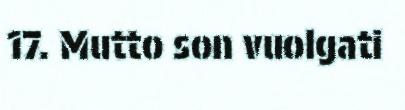
17. Mutto son vuolgati